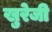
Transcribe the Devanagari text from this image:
खुरेजी